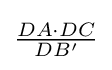
{\textstyle {\frac {DA\cdot DC}{DB'}}}